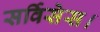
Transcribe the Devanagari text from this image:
सर्विसेस।